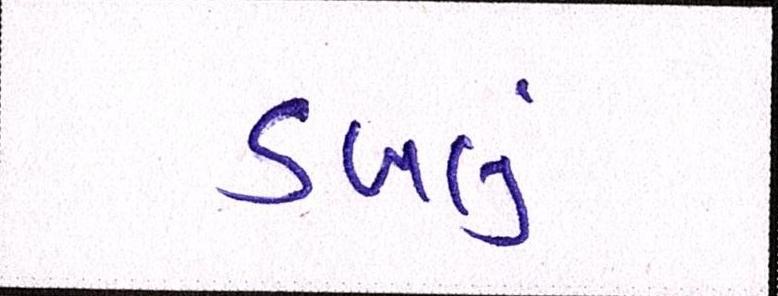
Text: ડબલું